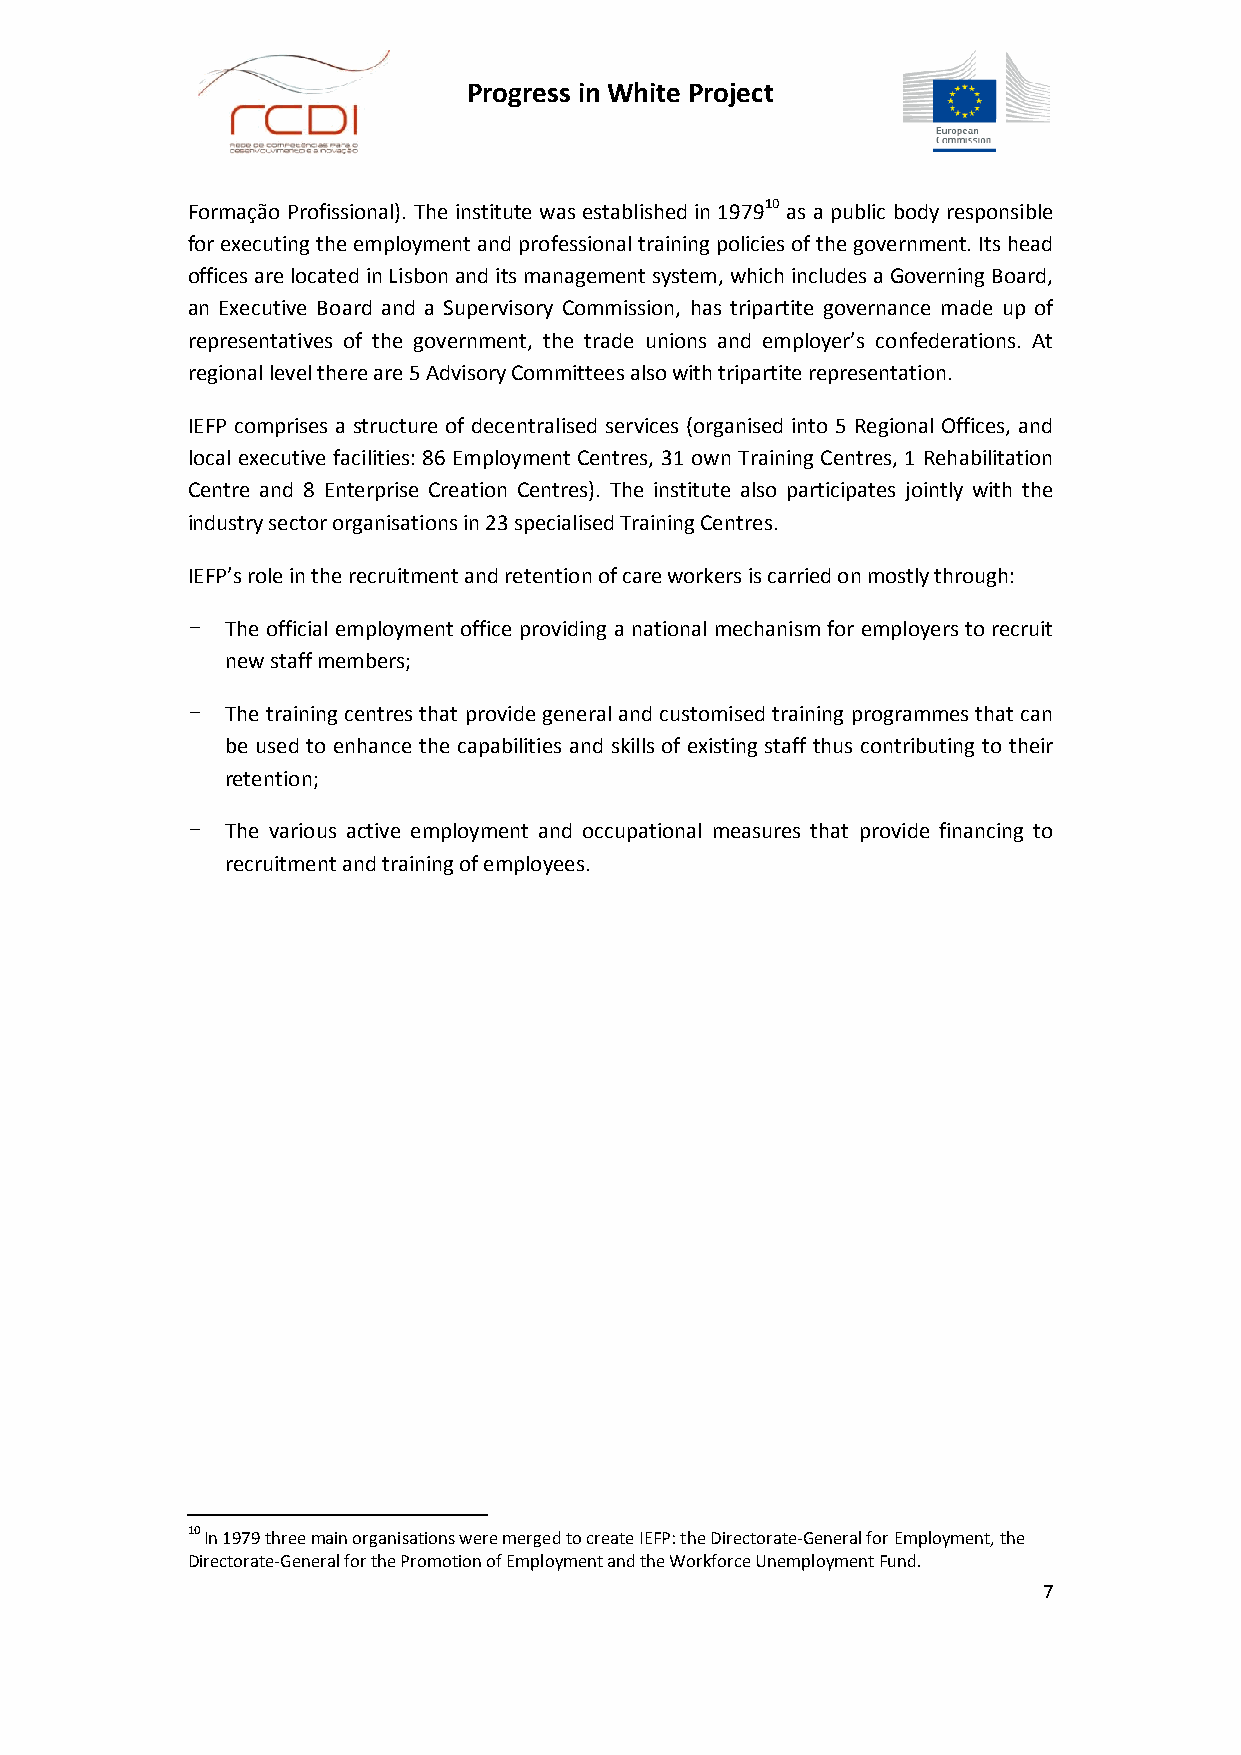
Progress in White Project
 Formação Profissional). The institute was established in 197910 as a public body responsible
 for executing the employment and professional training policies of the government. Its head
 offices are located in Lisbon and its management system, which includes a Governing Board,
 an Executive Board and a Supervisory Commission, has tripartite governance made up of
 representatives of the government, the trade unions and employer’s confederations. At
 regional level there are 5 Advisory Committees also with tripartite representation.
 IEFP comprises a structure of decentralised services (organised into 5 Regional Offices, and
 local executive facilities: 86 Employment Centres, 31 own Training Centres, 1 Rehabilitation
 Centre and 8 Enterprise Creation Centres). The institute also participates jointly with the
 industry sector organisations in 23 specialised Training Centres.
 IEFP’s role in the recruitment and retention of care workers is carried on mostly through:
 -  The official employment office providing a national mechanism for employers to recruit
 new staff members;
 -  The training centres that provide general and customised training programmes that can
 be used to enhance the capabilities and skills of existing staff thus contributing to their
 retention;
 -  The various active employment and occupational measures that provide financing to
 recruitment and training of employees.
 10 In 1979 three main organisations were merged to create IEFP: the Directorate-General for Employment, the
 Directorate-General for the Promotion of Employment and the Workforce Unemployment Fund.
 7